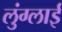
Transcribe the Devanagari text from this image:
लुंग्लाई